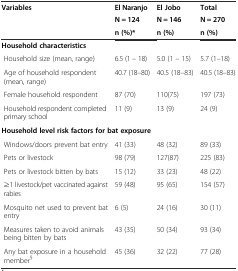
<table><thead><tr><td rowspan="3"><b>Variables</b></td><td><b>El Naranjo</b></td><td><b>El Jobo</b></td><td><b>Total</b></td></tr><tr><td><b>N = 124</b></td><td><b>N = 146</b></td><td><b>N = 270</b></td></tr><tr><td><b>n (%)*</b></td><td><b>n (%)</b></td><td><b>n (%)</b></td></tr></thead><tbody><tr><td colspan="4"><b>Household characteristics</b></td></tr><tr><td> Household size (mean, range)</td><td>6.5 (1 – 18)</td><td>5.0 (1 – 15)</td><td>5.7 (1–18)</td></tr><tr><td> Age of household respondent (mean, range)</td><td>40.7 (18–80)</td><td>40.5 (18–83)</td><td>40.5 (18–83)</td></tr><tr><td> Female household respondent</td><td>87 (70)</td><td>110(75)</td><td>197 (73)</td></tr><tr><td> Household respondent completed primary school</td><td>11 (9)</td><td>13 (9)</td><td>24 (9)</td></tr><tr><td colspan="4"><b>Household level risk factors for bat exposure</b></td></tr><tr><td> Windows/doors prevent bat entry</td><td>41 (33)</td><td>48 (32)</td><td>89 (33)</td></tr><tr><td> Pets or livestock</td><td>98 (79)</td><td>127(87)</td><td>225 (83)</td></tr><tr><td> Pets or livestock bitten by bats</td><td>15 (12)</td><td>33 (23)</td><td>48 (22)</td></tr><tr><td> ≥1 livestock/pet vaccinated against rabies</td><td>59 (48)</td><td>95 (65)</td><td>154 (57)</td></tr><tr><td> Mosquito net used to prevent bat entry</td><td>6 (5)</td><td>24 (16)</td><td>30 (11)</td></tr><tr><td> Measures taken to avoid animals being bitten by bats</td><td>43 (35)</td><td>50 (34)</td><td>93 (34)</td></tr><tr><td> Any bat exposure in a household member<sup>§</sup></td><td>45 (36)</td><td>32 (22)</td><td>77 (28)</td></tr></tbody></table>